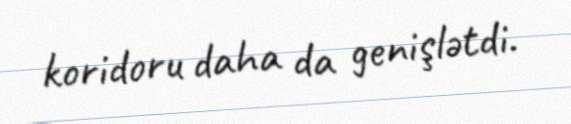
koridoru daha da genişlətdi.